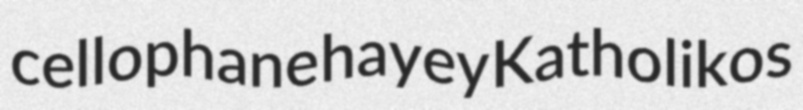
cellophane hayey Katholikos